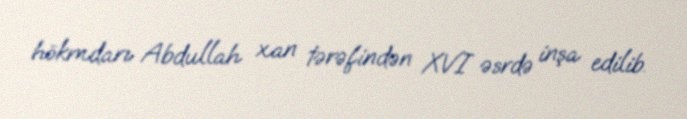
hökmdarı Abdullah xan tərəfindən XVI əsrdə inşa edilib.